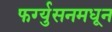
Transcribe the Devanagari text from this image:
फर्ग्युसनमधून